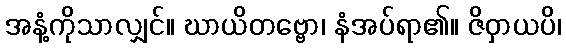
အနံ့ကိုသာလျှင်။ ဃာယိတဗ္ဗော၊ နံအပ်ရာ၏။ ဇိဝှာယပိ၊